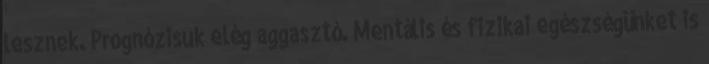
lesznek. Prognózisuk elég aggasztó. Mentális és fizikai egészségünket is